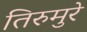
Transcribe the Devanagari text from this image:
तिरुमुरे